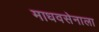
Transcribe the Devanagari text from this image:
माधवसेनाला